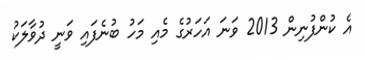
އެ ކުންފުނިން 2013 ވަނަ އަހަރުގެ މެއި މަހު ބުނެފައި ވަނީ ދުވާލަކު